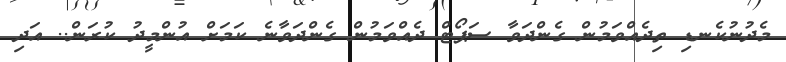
މެދުނުކެނޑި ތިދެއްވަމުން ގެންދަވާ ސަޕޯޓް ދެއްވަމުން ގެންދަވާނެ ކަމަށް އުންމީދު ކުރަން.. އަދި